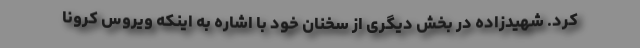
کرد. شهیدزاده در بخش دیگری از سخنان خود با اشاره به اینکه ویروس کرونا